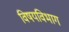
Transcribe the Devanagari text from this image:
विषयविभाग